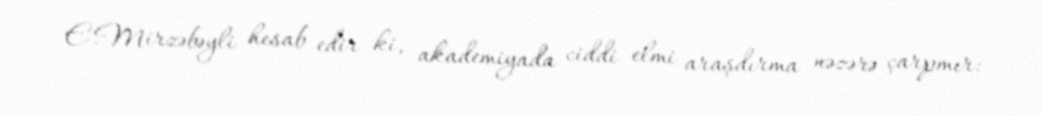
E.Mirzəbəyli hesab edir ki, akademiyada ciddi elmi araşdırma nəzərə çarpmır: